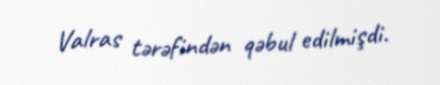
Valras tərəfindən qəbul edilmişdi.